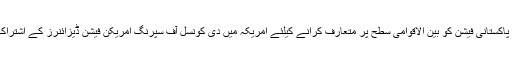
اس حوالے سے(ڈیلی پریس کانفرنس) سے گفتگو کرتے ہوئے ان کا کہنا تھا کہ پاکستانی فیشن کو بین الاقوامی سطح پر متعارف کرانے کیلئے امریکہ میں دی کونسل آف سپرنگ امریکن فیشن ڈیزائنرز کے اشتراک سے نیویارک فیشن ویک 2019 فیشن شو کیس ثانیہ سٹوڈیو قائم کیا جائے گا۔